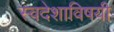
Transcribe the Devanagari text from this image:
स्वदेशाविषयी